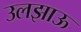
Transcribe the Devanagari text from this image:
उलझाऊ